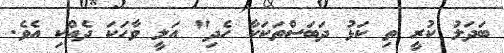
ބަދަލު ކުރީ ތި ކަޅު ދަބަސްތަކަކާ ހެދި" އަލީ ވާހަކަ ދެއްކި އެވެ.